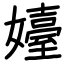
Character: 嬯